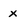
Character: x